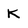
Character: K